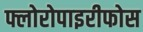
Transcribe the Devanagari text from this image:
फ्लोरोपाइरीफोस